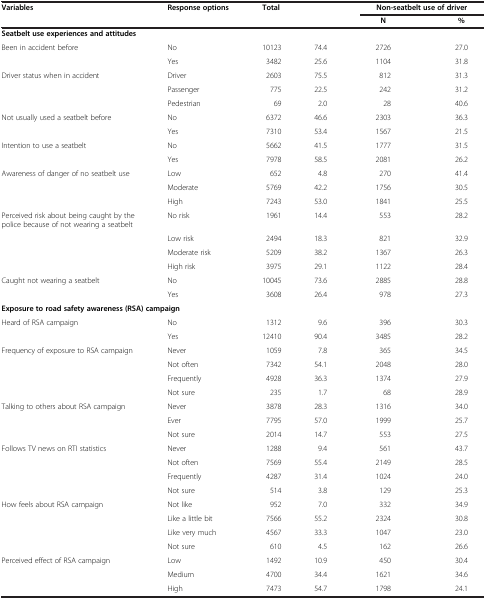
<table><thead><tr><td><b>Variables</b></td><td><b>Response options</b></td><td><b>Total</b></td><td><b> </b></td><td colspan="2"><b>Non-seatbelt use of driver</b></td></tr><tr><td><b> </b></td><td><b> </b></td><td><b> </b></td><td><b> </b></td><td><b>N</b></td><td><b>%</b></td></tr></thead><tbody><tr><td colspan="6"><b>Seatbelt use experiences and attitudes</b></td></tr><tr><td>Been in accident before</td><td>No</td><td>10123</td><td>74.4</td><td>2726</td><td>27.0</td></tr><tr><td> </td><td>Yes</td><td>3482</td><td>25.6</td><td>1104</td><td>31.8</td></tr><tr><td>Driver status when in accident</td><td>Driver</td><td>2603</td><td>75.5</td><td>812</td><td>31.3</td></tr><tr><td> </td><td>Passenger</td><td>775</td><td>22.5</td><td>242</td><td>31.2</td></tr><tr><td> </td><td>Pedestrian</td><td>69</td><td>2.0</td><td>28</td><td>40.6</td></tr><tr><td>Not usually used a seatbelt before</td><td>No</td><td>6372</td><td>46.6</td><td>2303</td><td>36.3</td></tr><tr><td> </td><td>Yes</td><td>7310</td><td>53.4</td><td>1567</td><td>21.5</td></tr><tr><td>Intention to use a seatbelt</td><td>No</td><td>5662</td><td>41.5</td><td>1777</td><td>31.5</td></tr><tr><td> </td><td>Yes</td><td>7978</td><td>58.5</td><td>2081</td><td>26.2</td></tr><tr><td>Awareness of danger of no seatbelt use</td><td>Low</td><td>652</td><td>4.8</td><td>270</td><td>41.4</td></tr><tr><td> </td><td>Moderate</td><td>5769</td><td>42.2</td><td>1756</td><td>30.5</td></tr><tr><td> </td><td>High</td><td>7243</td><td>53.0</td><td>1841</td><td>25.5</td></tr><tr><td>Perceived risk about being caught by the police because of not wearing a seatbelt</td><td>No risk</td><td>1961</td><td>14.4</td><td>553</td><td>28.2</td></tr><tr><td> </td><td>Low risk</td><td>2494</td><td>18.3</td><td>821</td><td>32.9</td></tr><tr><td> </td><td>Moderate risk</td><td>5209</td><td>38.2</td><td>1367</td><td>26.3</td></tr><tr><td> </td><td>High risk</td><td>3975</td><td>29.1</td><td>1122</td><td>28.4</td></tr><tr><td>Caught not wearing a seatbelt</td><td>No</td><td>10045</td><td>73.6</td><td>2885</td><td>28.8</td></tr><tr><td> </td><td>Yes</td><td>3608</td><td>26.4</td><td>978</td><td>27.3</td></tr><tr><td colspan="6"><b>Exposure to road safety awareness (RSA) campaign</b></td></tr><tr><td>Heard of RSA campaign</td><td>No</td><td>1312</td><td>9.6</td><td>396</td><td>30.3</td></tr><tr><td> </td><td>Yes</td><td>12410</td><td>90.4</td><td>3485</td><td>28.2</td></tr><tr><td>Frequency of exposure to RSA campaign</td><td>Never</td><td>1059</td><td>7.8</td><td>365</td><td>34.5</td></tr><tr><td> </td><td>Not often</td><td>7342</td><td>54.1</td><td>2048</td><td>28.0</td></tr><tr><td> </td><td>Frequently</td><td>4928</td><td>36.3</td><td>1374</td><td>27.9</td></tr><tr><td> </td><td>Not sure</td><td>235</td><td>1.7</td><td>68</td><td>28.9</td></tr><tr><td>Talking to others about RSA campaign</td><td>Never</td><td>3878</td><td>28.3</td><td>1316</td><td>34.0</td></tr><tr><td> </td><td>Ever</td><td>7795</td><td>57.0</td><td>1999</td><td>25.7</td></tr><tr><td> </td><td>Not sure</td><td>2014</td><td>14.7</td><td>553</td><td>27.5</td></tr><tr><td>Follows TV news on RTI statistics</td><td>Never</td><td>1288</td><td>9.4</td><td>561</td><td>43.7</td></tr><tr><td> </td><td>Not often</td><td>7569</td><td>55.4</td><td>2149</td><td>28.5</td></tr><tr><td> </td><td>Frequently</td><td>4287</td><td>31.4</td><td>1024</td><td>24.0</td></tr><tr><td> </td><td>Not sure</td><td>514</td><td>3.8</td><td>129</td><td>25.3</td></tr><tr><td>How feels about RSA campaign</td><td>Not like</td><td>952</td><td>7.0</td><td>332</td><td>34.9</td></tr><tr><td> </td><td>Like a little bit</td><td>7566</td><td>55.2</td><td>2324</td><td>30.8</td></tr><tr><td> </td><td>Like very much</td><td>4567</td><td>33.3</td><td>1047</td><td>23.0</td></tr><tr><td> </td><td>Not sure</td><td>610</td><td>4.5</td><td>162</td><td>26.6</td></tr><tr><td>Perceived effect of RSA campaign</td><td>Low</td><td>1492</td><td>10.9</td><td>450</td><td>30.4</td></tr><tr><td> </td><td>Medium</td><td>4700</td><td>34.4</td><td>1621</td><td>34.6</td></tr><tr><td> </td><td>High</td><td>7473</td><td>54.7</td><td>1798</td><td>24.1</td></tr></tbody></table>